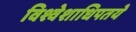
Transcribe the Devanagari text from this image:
विश्वेशाधिपतये